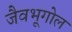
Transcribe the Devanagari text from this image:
जैवभूगोल